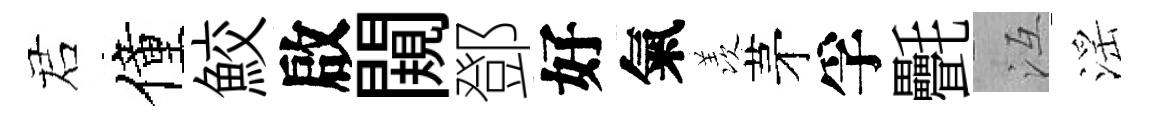
诺僮鮫啟闚鄧好氣羡茅孚㲲冱滛